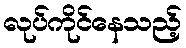
လုပ်ကိုင်နေသည့်